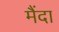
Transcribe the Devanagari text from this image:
मैंदा